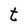
Character: t